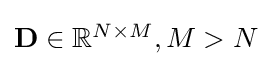
{\textstyle \mathbf {D} \in \mathbb {R} ^{N\times M},M>N}